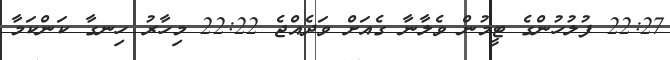
22:27 ފުލުހުންގެ ޓީމުން ވެލާނާ ގެއަށް ވަދެއްޖެ 22:22 މިހާރު ހިނގާ ކަންކަމާ